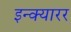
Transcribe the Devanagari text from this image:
इन्क्यारर